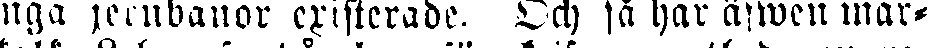
inga jernbanor cristerade. Och så har äfwen mar-